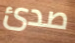
صدئ